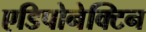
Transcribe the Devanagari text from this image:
एडिपोनेक्टिन